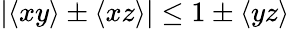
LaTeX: |\langle xy\rangle\pm\langle xz\rangle|\le 1\pm\langle yz\rangle